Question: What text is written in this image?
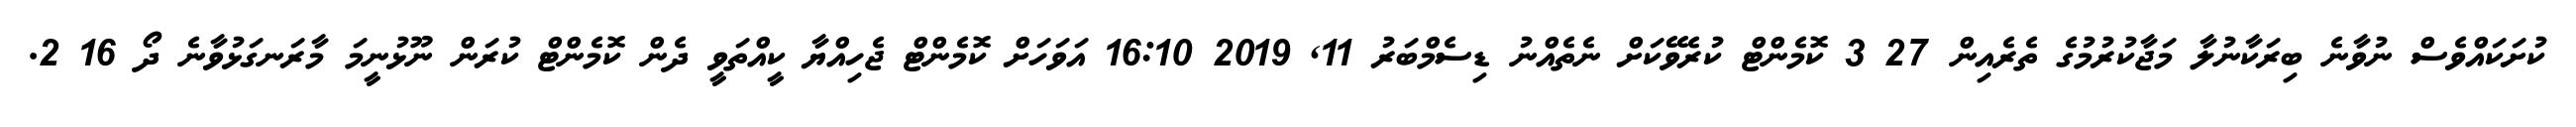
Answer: ކުށަކައްވެސް ނުވާނެ ބިރަކާނުލާ މަޖާކުރުމުގެ ތެރެއިން 27 3 ކޮމެންޓް ކުރެވޭކަށް ނެތެއްނު ޑިސެމްބަރު 11, 2019 16:10 އަވަހަށް ކޮމެންޓް ޖެހިއްޔާ ކީއްތަވީ ދެން ކޮމެންޓް ކުރަން ނޫޅުނީމަ މާރަނގަޅުވާނެ ދޯ 16 2.